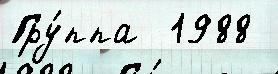
Гру́ппа  1988